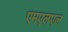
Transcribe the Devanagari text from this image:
एमएलएल